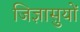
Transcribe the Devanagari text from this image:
जिज्ञासुयों